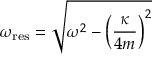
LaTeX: \omega _ { \mathrm { r e s } } = { \sqrt { \omega ^ { 2 } - \left( { \frac { \kappa } { 4 m } } \right) ^ { 2 } } }